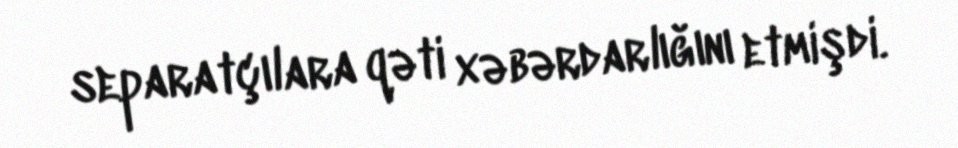
separatçılara qəti xəbərdarlığını etmişdi.